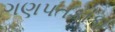
ગણપતકાકા